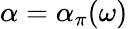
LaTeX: \alpha=\alpha_{\pi}(\omega)